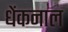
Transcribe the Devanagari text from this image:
धेंकनाल